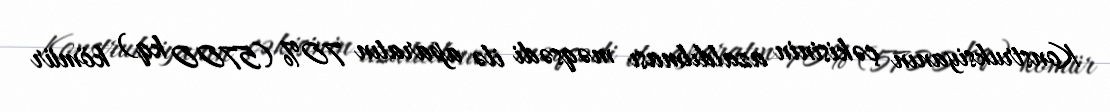
Konstruksiyanın çəkisinin azaldılması məqsədi ilə aparatın 70% (5700 kq) kömür